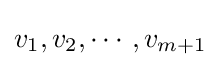
v_{1},v_{2},\cdots ,v_{m+1}